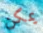
يمكن